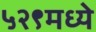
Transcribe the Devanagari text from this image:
५२९मध्ये